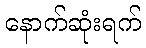
နောက်ဆုံးရက်